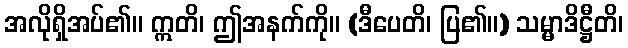
အလိုရှိအပ်၏။ ဣတိ၊ ဤအနက်ကို။ (ဒီပေတိ၊ ပြ၏။) သမ္မာဒိဋ္ဌီတိ၊